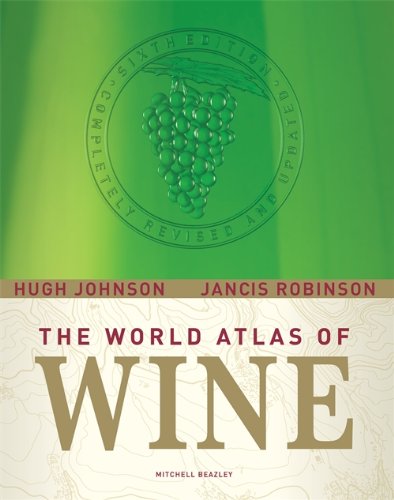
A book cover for World Atlas of Wine; Hugh Johnson; Reference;